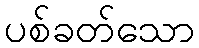
ပစ်ခတ်သော